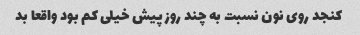
کنجد روی نون نسبت به چند روز پیش خیلی کم بود واقعا بد